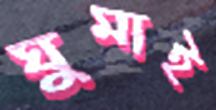
ঘুমাই